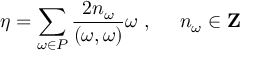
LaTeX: \eta = \sum _ { \omega \in P } \frac { 2 n _ { \omega } } { ( \omega , \omega ) } \omega \ , \ \ \ \ n _ { \omega } \in { \bf Z }